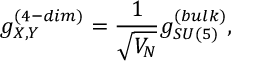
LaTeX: g _ { X , Y } ^ { ( 4 - { d i m } ) } = \frac { 1 } { \sqrt { V _ { N } } } g _ { S U ( 5 ) } ^ { ( b u l k ) } ,